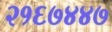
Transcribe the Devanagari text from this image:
२१६७४४७